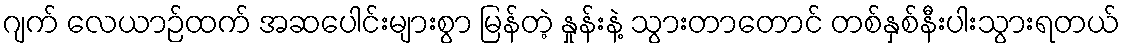
ဂျက် လေယာဉ်ထက် အဆပေါင်းများစွာ မြန်တဲ့ နှုန်းနဲ့ သွားတာတောင် တစ်နှစ်နီးပါးသွားရတယ်